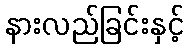
နားလည်ခြင်းနှင့်